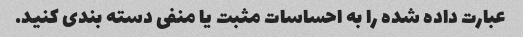
عبارت داده شده را به احساسات مثبت یا منفی دسته بندی کنید.